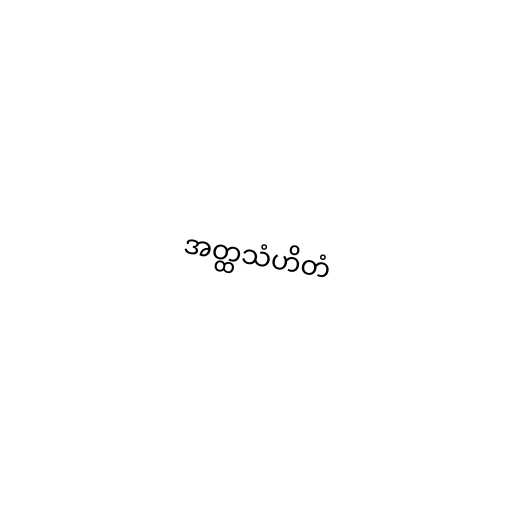
အတ္ထသံဟိတံ